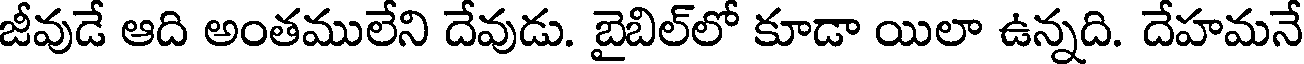
జీవుడే ఆది అంతములేని దేవుడు. బైబిల్లో కూడా యిలా ఉన్నది. దేహమనే